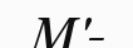
M'-